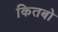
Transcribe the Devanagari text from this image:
कितबो